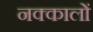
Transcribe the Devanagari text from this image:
नक्कालों